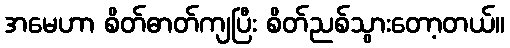
အမေဟာ စိတ်ဓာတ်ကျပြီး စိတ်ညစ်သွားတော့တယ်။